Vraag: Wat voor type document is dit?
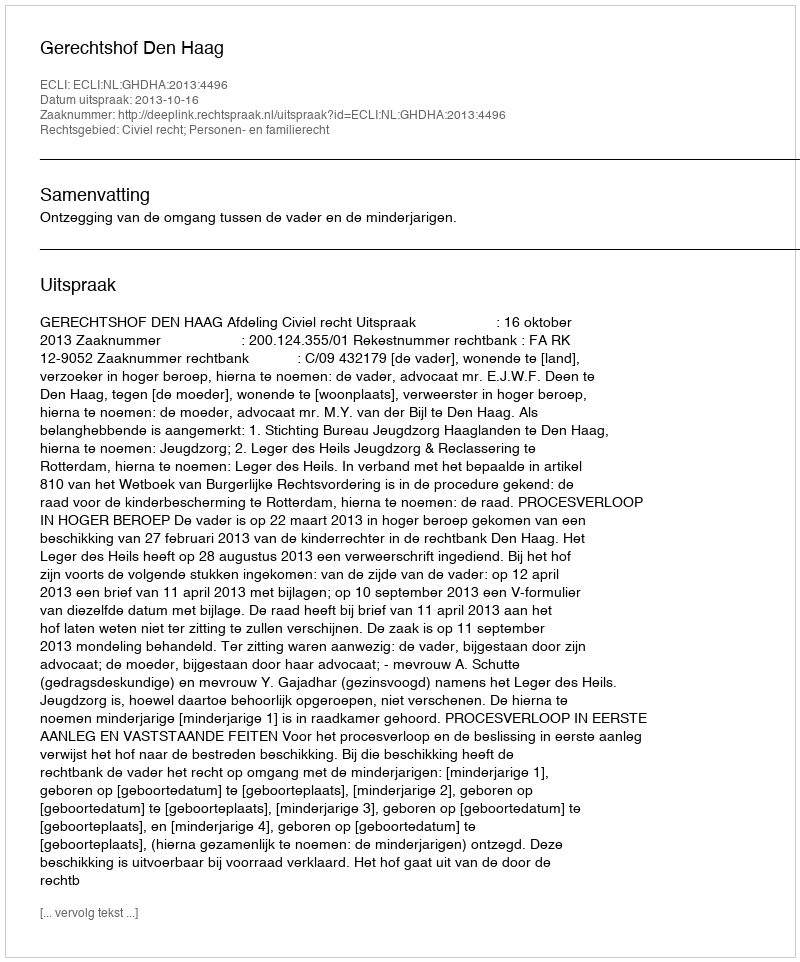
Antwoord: Uitspraak